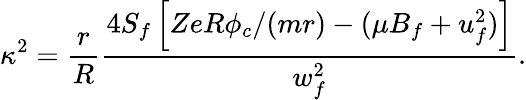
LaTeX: \kappa^{2}=\frac{r}{R}\frac{4S_{f}\left[ZeR\phi_{c}/(mr)-(\mu B_{f}+u_{f}^{2})\right]}{w_{f}^{2}}.